Vaccination in Bombay 1889-1901 - 1889-1901
Year: 1889
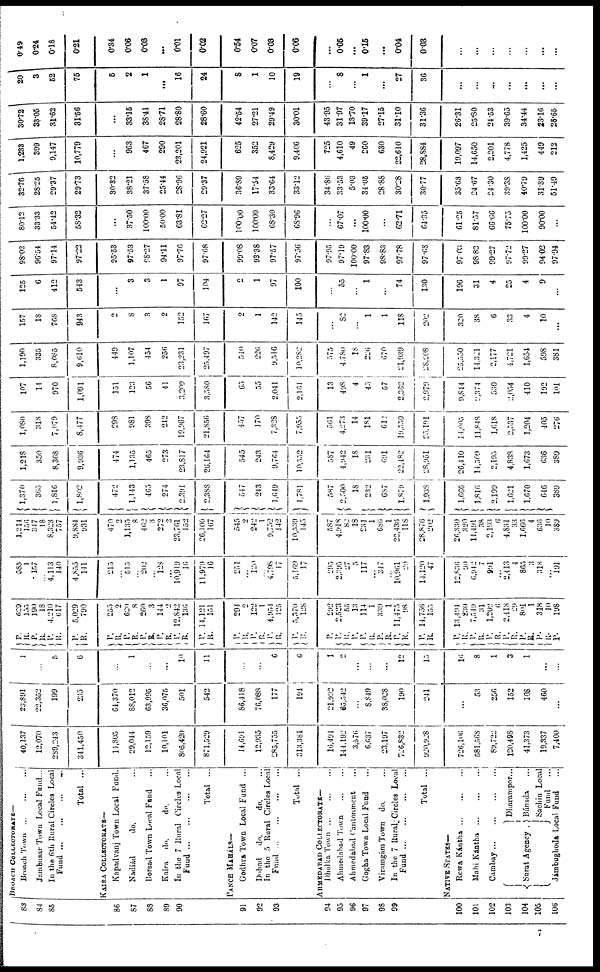
83
84
85
86
87
88
89
90
91
92
93
94
93
96
97
98
99
100
101
102
103
104
105
106
BROACH
COLLECTORATE—
Broach Town ... ... ...
Jambusar Town Local Fund...
In the 6th Rural Circles Local
Fund ... ... ... ...
Total ...
KAIRA COLLECTORATE—
Kapadvanj Town Local Fund.
Nadiád
do. ...
Borsad Town Local Fund ...
Kaira
do.
do. ...
In the 7 Rural Circles Local
Fund
...
...
...
...
Total ...
PANCH MAHALS—
Godhra Town Local Fund ...
Dohad
do.
do. ...
In the 5 Rural Circles Local
Fund
...
...
...
...
Total ...
AHMEDABAD COLLECTORATE—
Dholka Town
...
...
...
Ahmedabad Town ... ...
Ahmedabad Cantonment ...
Gogha Town Local Fund ...
Viramgám Town
do. ...
In the 7 Rural-Circles Local
Fund
...
...
...
...
Total ...
NATIVE STATES—
Rewa Kántha
...
...
...
Mahi Kántha
...
...
...
Cambay
...
...
...
Surat Agency .
Dharampor...
Bánsda ...
Sachin Local
Fund ...
Jámbughoda Local Fund ...
40,137
12,070
289,243
341,450
14,805
29,044
12,159
10,101
805,420
871,529
14,691
12,935
285,755
313,381
16,494
144,192
3,576
6,637
23,197
726,832
920,928
726,106
581,568
89,722
120,498
41,373
19,337
7,400
23,891
22,352
199
235
64,370
88,012
63,995
36,075
501
542
86,418
76,088
177
194
21,992
65,542
...
8,849
38,028
190
241
...
53
256
152
108
460
...
1
...
5
6
...
1
...
...
10
11
...
...
6
...
1
2
...
...
...
12
15
16
8
1
3
1
...
...
P. R.
P.
R.
P.
R.
P.
R.
P.
R.
P.
R.
P.
R.
P.
R.
P.
R.
P.
R.
P.
R.
P.
R.
P.
R.
P.
R.
P.
P. R.
P.
P.
R.
P.
R.
P.
R.
P.
R.
P.
R.
P.
R.
P.
R.
P. R.
P.
R.
P.
R.
P.
629
155
190
18
4,210
617
5,029
790
255
2
620
8
260
3
144
2
12,842
136
14,121
151
294
2
122
1
4,954
125
5,370
128
292
2,523
55
13
114
1
339
1
11,475
98
14,756
155
13,494
230
7,549
31
1,202
6
2,418
29
801
1
318
10
198
585
1
157
...
4,113
140
4,855
141
215
...
515
...
202
...
128
...
10,919
16
11,979
16
251
...
120
...
4,798
17
5,169
17
295
2,395
27
5
117
...
347
...
10,961
20
14,120
47
12,836
90
6,942
7
991
...
2,413
4
865
3
318
...
191
1,214
156
347
18
8,323
757
9,884
931
470
2
1,135
8
462
3
272
2
23,761
152
26,100
167
545
2
242
1
9,752
142
10,539
145
587
4,918
82
18
231
1
686
1
22,436
118
28,876
202
26,330
320
14,491
38
2,193
6
4,831
33
1,666
4
636
10
389
1,370
365
1,816
1,802
472
1,143
465
274
2,391
2,388
547
243
1,649
1,781
587
2,500
18
232
687
1,879
1,938
1,666
1,816
2,199
1,621
1,670
646
389
1,218
350
8,368
9,936
474
1,135
465
273
23,817
26, 164
545
243
9,764
10,552
587
4,942
18
231
691
22,482
28,951
26,410
14,509
2,195
4,838
1,673
636
389
1,080
318
7,079
8,477
298
981
398
212
19,967
21,856
457
170
7,328
7,955
561
4,273
14
181
612
19,550
25,191
14,005
11,848
1,618
2,537
1,204
405
276
107
14
970
1,091
151
123
56
41
3,209
3,580
65
55
2,041
2,161
13
498
4
45
57
2,362
2,979
9,844
2,374
530
2,054
410
192
101
1,190
335
8,085
9,610
449
1,107
454
256
23,231
25,497
540
226
9,516
10,282
575
4,780
18
226
670
21,939
28,208
25,550
14,321
2,177
4,721
1,654
598
381
157
18
768
943
2
8
3
2
152
167
2
1
142
145
...
82
...
1
1
118
202
320
38
6
33
4
10
...
125
6
412
543
...
3
3
1
97
104
2
1
97
100
...
55
...
1
...
74
130
196
31
4
25
4
9
...
98.02
96.54
97.14
97.22
95.53
97.53
98.27
94.11
97.76
97.68
99.08
93.38
97.57
97.56
97.95
97.19
100.00
97.83
98.83
97.78
97.68
97.03
98.82
99.27
97.72
99.27
94.02
97.94
80.12
33.33
54.42
58.32
...
37.50
100.00
50.00
63.81
62.27
100.00
100.00
68.30
68.96
...
67.07
...
100.00
...
62.71
64.35
61.25
81.57
66.66
75.75
100.00
90.00
...
32.76
28.25
29.37
29.73
30.32
38.21
37.58
25.44
28.96
29.37
36.89
17.54
33.64
33.12
34.86
33.53
5.03
34.05
28.88
30.28
30.77
35.63
24.67
24.30
39.38
40.79
31.39
51.49
1,233
399
9,147
10,779
...
963
467
290
23,201
24,921
625
352
8,429
9,406
725
4,610
49
260
630
22,610
28,884
19,097
14,650
2,201
4,778
1,425
449
212
30.72
33.05
31.62
31.56
...
33.15
38.41
28.71
28.80
28.60
42.54
27.21
29.49
30.01
43.95
31.97
13.70
39.17
27.15
31.10
31.36
26.31
25.80
24.53
39.65
34.44
23.16
28.65
20
3
52
75
6
2
1
...
16
24
8
1
10
19
...
8
...
1
...
27
36
...
...
...
...
...
...
...
0.49
0.24
0.18
0.21
0.34
0.06
0.08
...
0.01
0.02
0.54
0.07
0.03
0.06
...
0.05
...
0.15
...
0.04
0.03
...
...
...
...
...
...
...
7